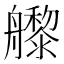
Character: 𬜜